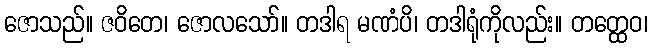
ဇောသည်။ ဇဝိတေ၊ ဇောလသော်။ တဒါရ မဏံပိ၊ တဒါရုံကိုလည်း။ တတ္ထေဝ၊